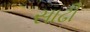
સાઢી